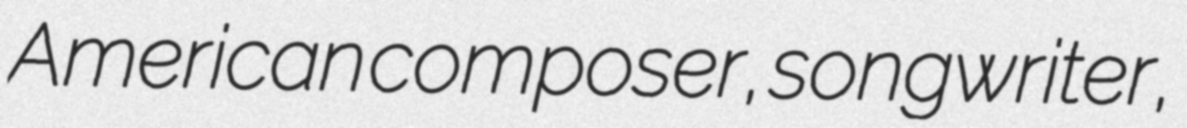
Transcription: American composer, songwriter,